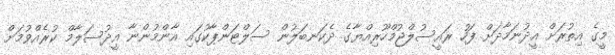
މީގެ އިތުރަށް އީދުނަމާދަށް ފަހު ރައީސުލްޖުމްހޫރިއްޔާގެ ދެކަނބަލުން ސަލްޓަންޕާކުގައި އާންމުންނާ އީދުސަލާމް ކުރެއްވުމަށް